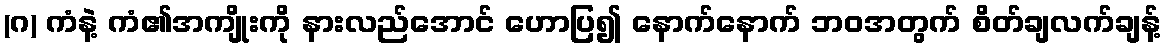
(ဂ) ကံနဲ့ ကံ၏အကျိုးကို နားလည်အောင် ဟောပြ၍ နောက်နောက် ဘဝအတွက် စိတ်ချလက်ချန့်